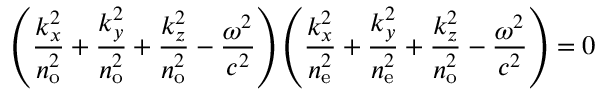
\left( { \frac { k _ { x } ^ { 2 } } { n _ { \mathrm { o } } ^ { 2 } } } + { \frac { k _ { y } ^ { 2 } } { n _ { \mathrm { o } } ^ { 2 } } } + { \frac { k _ { z } ^ { 2 } } { n _ { \mathrm { o } } ^ { 2 } } } - { \frac { \omega ^ { 2 } } { c ^ { 2 } } } \right) \left( { \frac { k _ { x } ^ { 2 } } { n _ { \mathrm { e } } ^ { 2 } } } + { \frac { k _ { y } ^ { 2 } } { n _ { \mathrm { e } } ^ { 2 } } } + { \frac { k _ { z } ^ { 2 } } { n _ { \mathrm { o } } ^ { 2 } } } - { \frac { \omega ^ { 2 } } { c ^ { 2 } } } \right) = 0